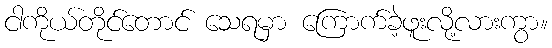
ငါကိုယ်တိုင်တောင် သေရမှာ ကြောက်ခဲ့ဖူးလို့လားကွာ။